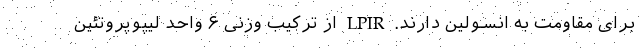
برای مقاومت به انسولین دارند. LPIR از ترکیب وزنی ۶ واحد لیپوپروتئین